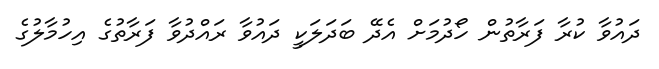
ދައުވާ ކުރާ ފަރާތުން ހޯދުމަށް އެދޭ ބަދަލަކީ ދައުވާ ރައްދުވާ ފަރާތުގެ އިހުމާލުގެ